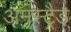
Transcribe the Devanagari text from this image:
अमस्ट्रैड